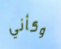
وكأني